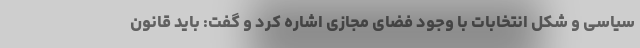
سیاسی و شکل انتخابات با وجود فضای مجازی اشاره کرد و گفت: باید قانون